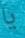
يا